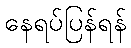
နေရပ်ပြန်ရန်